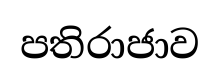
පතිරාජාව